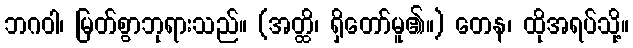
ဘဂဝါ၊ မြတ်စွာဘုရားသည်။ (အတ္ထိ၊ ရှိတော်မူ၏။) တေန၊ ထိုအရပ်သို့။